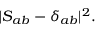
| S _ { a b } - \delta _ { a b } | ^ { 2 } .